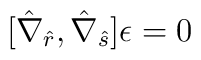
[\hat \nabla_{\hat r} , \hat \nabla_{\hat s}] \epsilon = 0